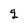
Character: g